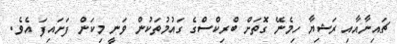
ޗައިނާއާއި ރަޝިޔާ ހިމެނޭ ގޮތަށް ބްރިކްސްގެ ގައުމުތަކުން ވަނީ މިކަން ފަށައިފަ އެވެ.